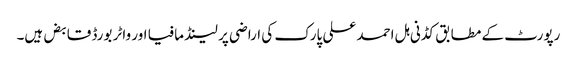
رپورٹ کے مطابق کڈنی ہل احمد علی پارک کی اراضی پر لینڈ مافیا اور واٹر بورڈ قابض ہیں۔